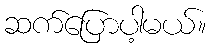
ဆက်ပြောပါ့မယ်။